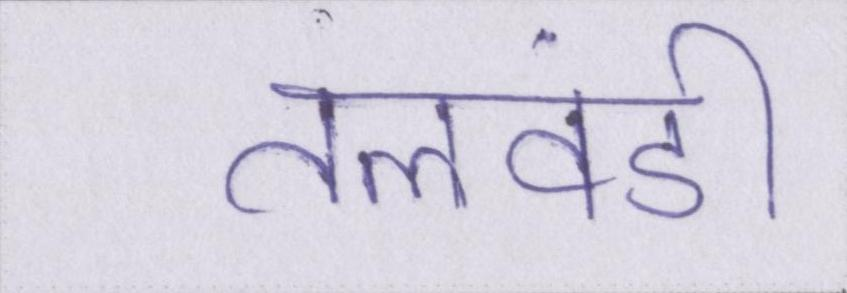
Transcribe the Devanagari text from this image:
तलवंडी